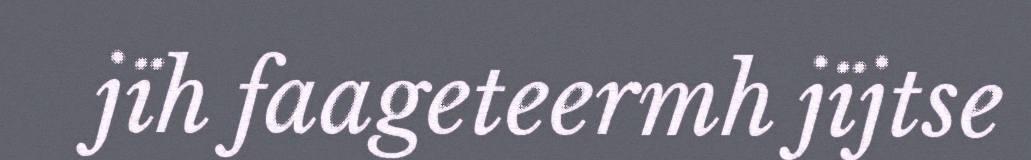
jïh faageteermh jïjtse